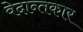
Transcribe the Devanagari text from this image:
वेदान्तकार